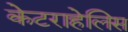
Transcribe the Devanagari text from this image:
केटराहेलिस